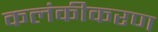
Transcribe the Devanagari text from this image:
कलंकीकरण